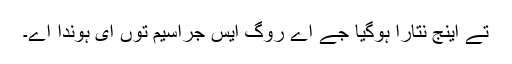
تے اینج نتارا ہوگیا جے اے روگ ایس جراسیم توں ای ہوندا اے۔